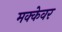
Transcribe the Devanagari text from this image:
मक्केवर